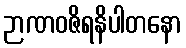
ဉာဏဝဇိရနိပါတနော